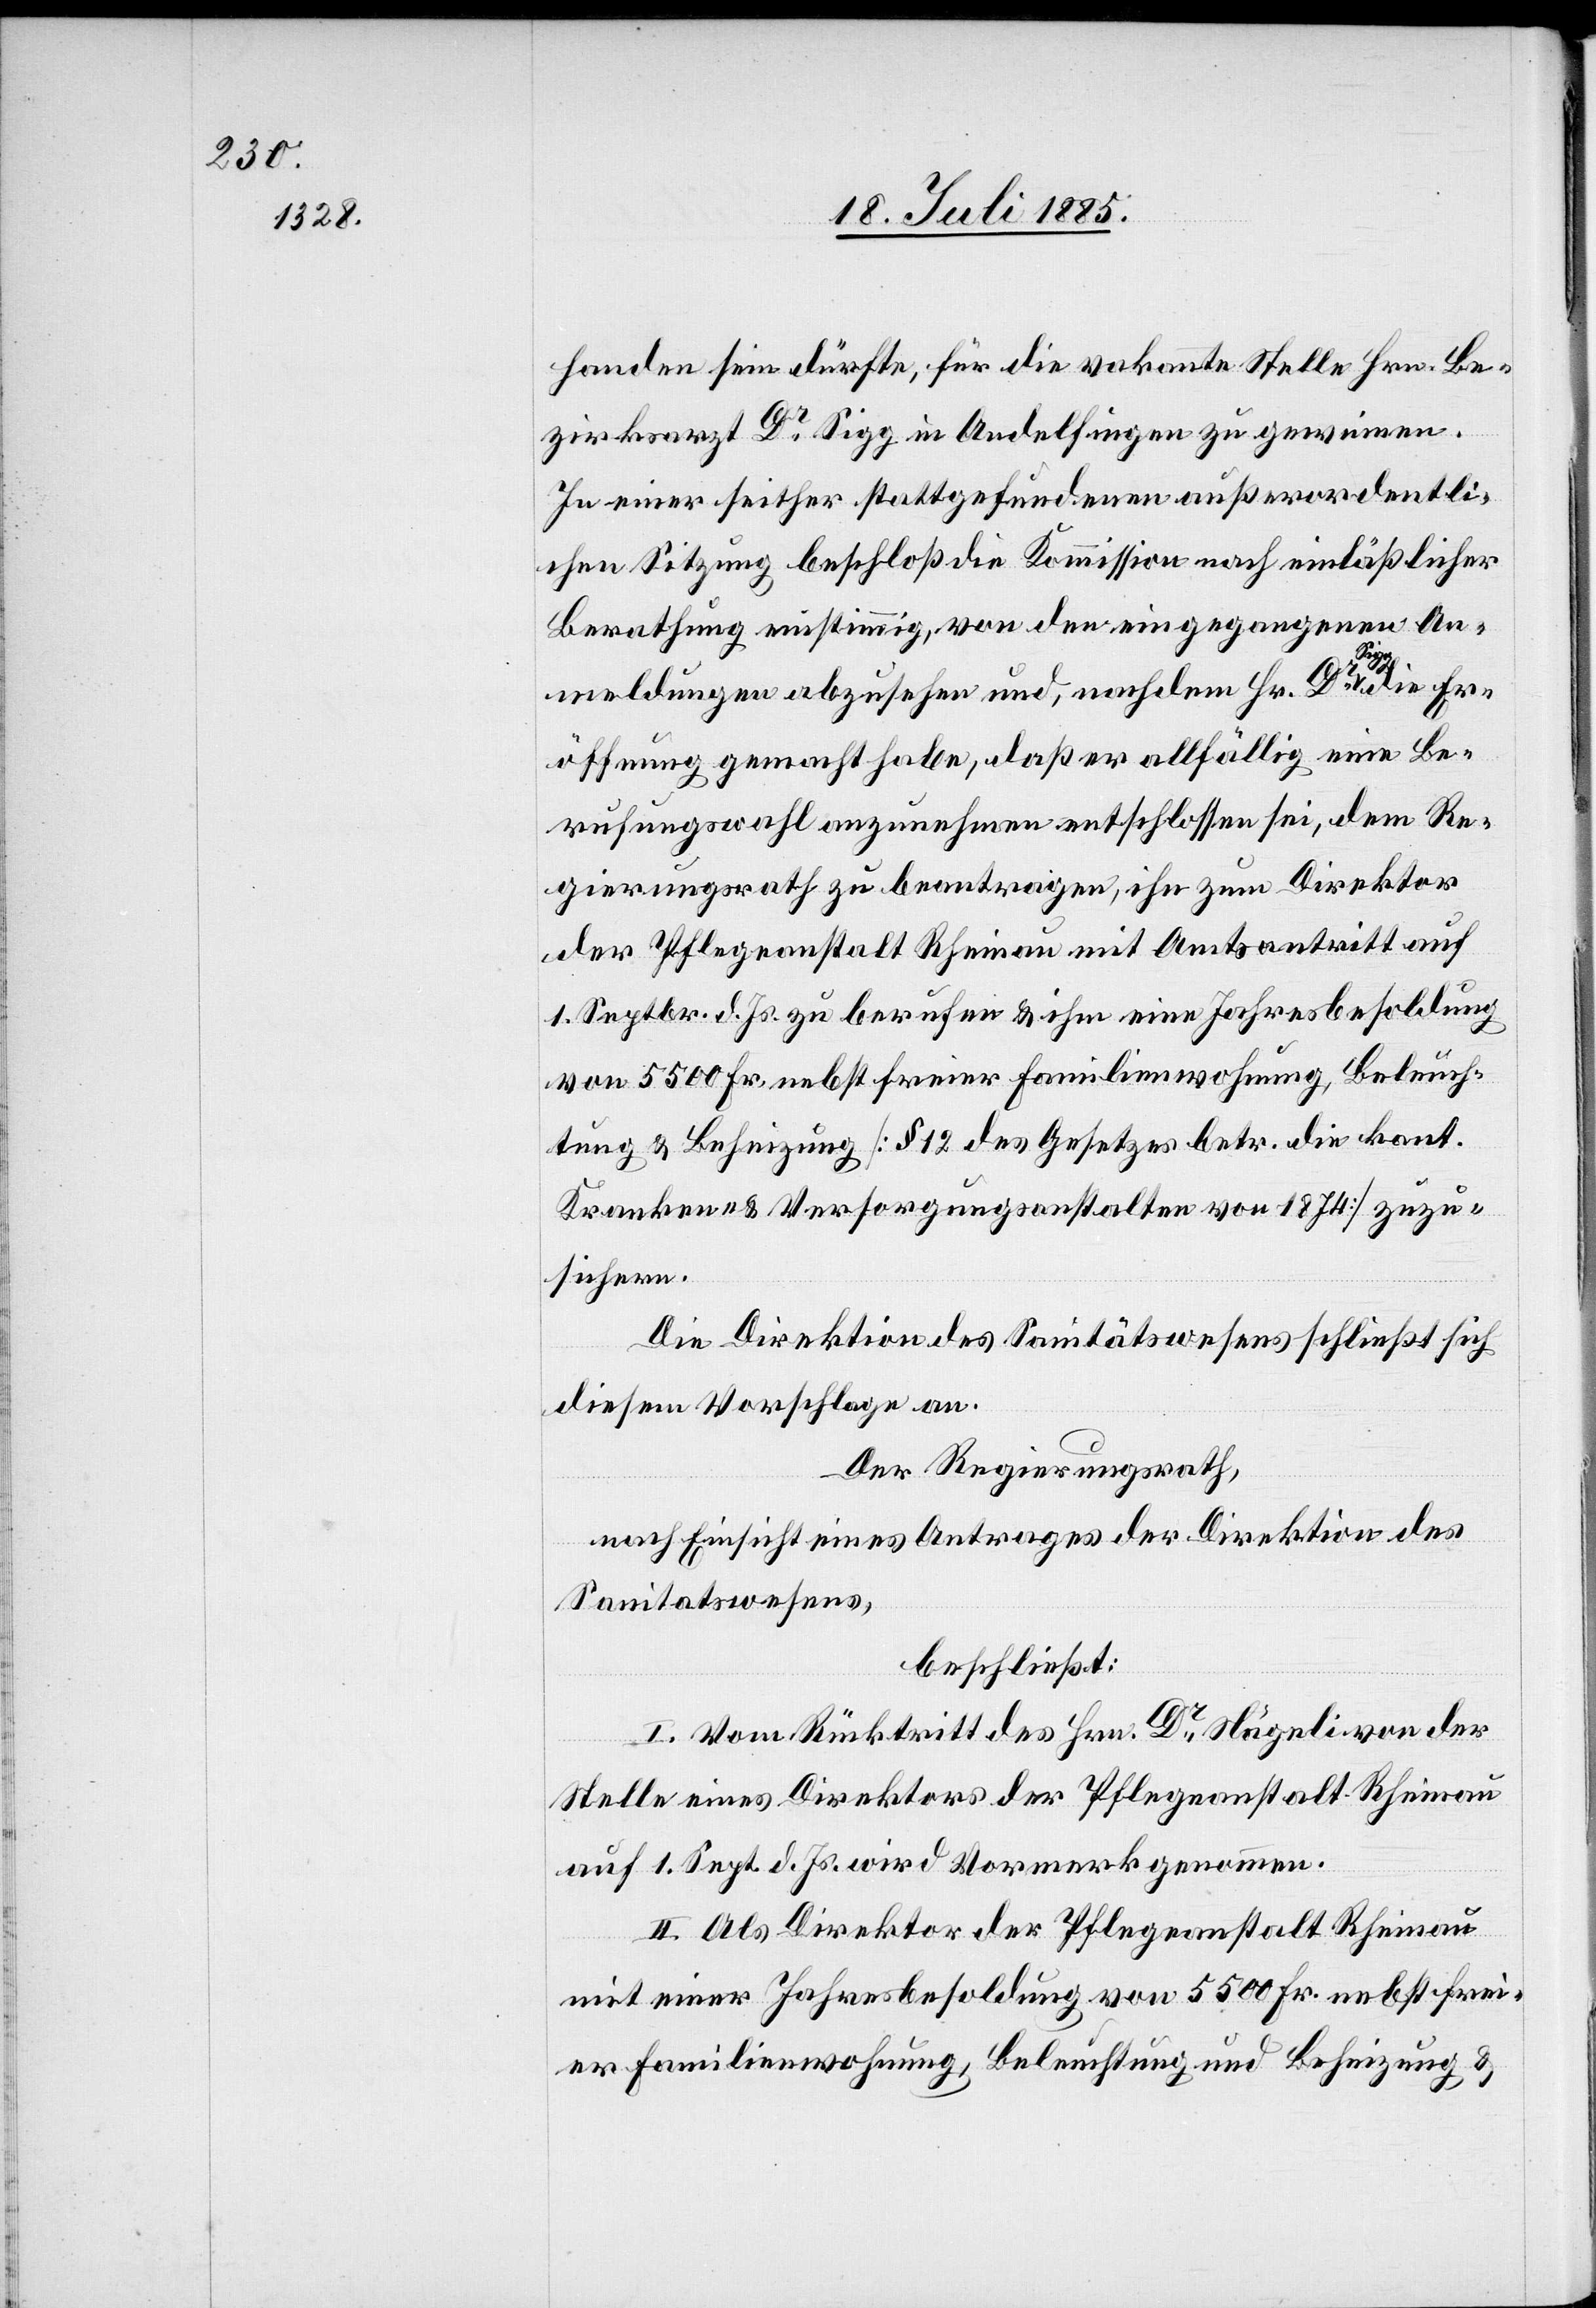
handen sein dürfte, für die vakante Stelle Hrn. Be¬
zirksrath Dr Sigg in Andelfingen zu gewinnen.
In einer seither stattgefundenen außerordentli¬
chen Sitzung beschloß die Kommission nach einläßlicher
Berathung einstimmig, von den eingegangenen An¬
meldungen abzusehen und, nachdem Hr. Dr
Eröffnung gemacht habe, daß er allfällig eine Be¬
rufungswahl anzunehmen entschlossen sei, dem Re¬
gierungsrath zu beantragen, ihn zum Direktor
der Pflegeanstalt Rheinau mit Amtsantritt auf
1. Septbr. d. Js. zu berufen & ihm eine Jahresbesoldung
von 5500 Fr., nebst freier Familienwohnung, Beleuch¬
tung & Beheizung [§ 12 des Gesetzes betr. die kant.
Kranken- & Versorgungsanstalten von 1874] zuzu¬
sichern.
Die Direktion des Sanitätswesens schließt sich
diesem Vorschlage an.
Der Regierungsrath,
nach Einsicht eines Antrages der Direktion des
Sanitätswesens,
beschließt:
I. Vom Rücktritt des Hrn. Dr Nägeli von der
Stelle eines Direktors der Pflegeanstalt Rheinau
auf 1. Sept. d. Js. wird Vormerk genommen.
II. Als Direktor der Pflegeanstalt Rheinau
mit einer Jahresbesoldung von 5500 Fr. nebst frei¬
er Familienwohnung, Beleuchtung und Beheizung &